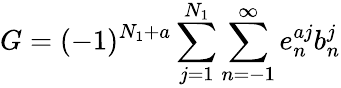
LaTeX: G=(-1)^{N_{1}+a}\sum_{j=1}^{N_{1}}\sum_{n=-1}^{\infty}e_{n}^{aj}b_{n}^{j}